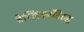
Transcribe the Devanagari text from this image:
बेय्लिकांविरुद्ध